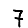
Digit: 7